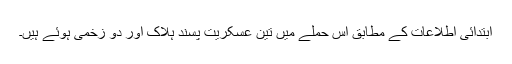
ابتدائی اطلاعات کے مطابق اس حملے میں تین عسکریت پسند ہلاک اور دو زخمی ہوئے ہیں۔